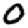
Digit: 0